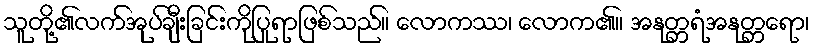
သူတို့၏လက်အုပ်ချီးခြင်းကိုပြုရာဖြစ်သည်။ လောကဿ၊ လောက၏။ အနုတ္တရံအနုတ္တရော၊